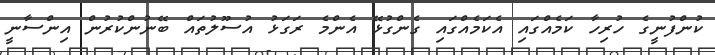
ކުންފުނީގެ ހުރިހާ ކަމެއްގައި އެކަމެއްގައި ގެންގުޅޭ އެންމެ ރަގަޅު އުސޫލުތައް ބޭނުންކުރުން އިންސާނީ